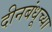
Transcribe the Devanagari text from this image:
दीनबंधूच्या